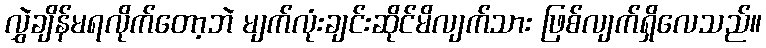
လွှဲချိန်မရလိုက်တော့ဘဲ မျက်လုံးချင်းဆိုင်မိလျက်သား ဖြစ်လျက်ရှိလေသည်။